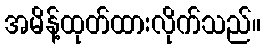
အမိန့်ထုတ်ထားလိုက်သည်။